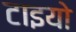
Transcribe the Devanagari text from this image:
टाइयो